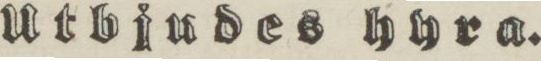
Utbjudes hyra.